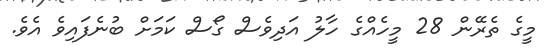
މީގެ ތެރޭން 28 މީހެއްގެ ހާލު އަދިވެސް ގޯސް ކަމަށް ބުނެފައިވެ އެވެ.